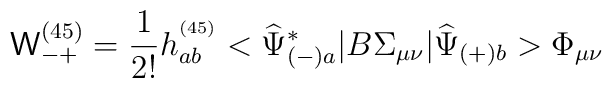
{\mathsf W}^{(45)}_{-+}=\frac{1}{2!}h^{^{(45)}}_{ab}<\widehat{\Psi}_{(-)a}^*|B\Sigma_{\mu\nu}|\widehat{\Psi}_{(+)b}>\Phi_{\mu\nu}